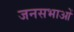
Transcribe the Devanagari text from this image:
जनसभाआें